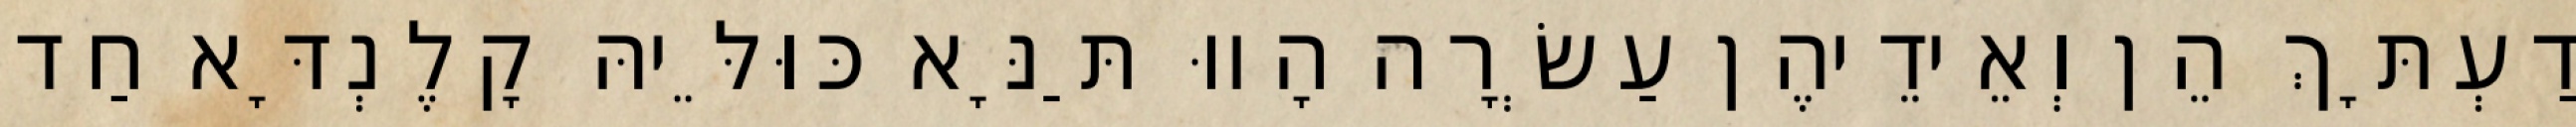
דַעְתָּךְ הֵן וְאֵידֵיהֶן עַשְׂרָה הָווּ תַּנָּא כּוּלֵּיהּ קָלֶנְדָּא חַד